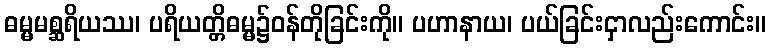
ဓမ္မမစ္ဆရိယဿ၊ ပရိယတ္တိဓမ္မ၌ဝန်တိုခြင်းကို။ ပဟာနာယ၊ ပယ်ခြင်းငှာလည်းကောင်း။